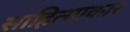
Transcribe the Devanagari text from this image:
साहित्याकार